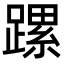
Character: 𨄱